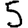
Digit: 5